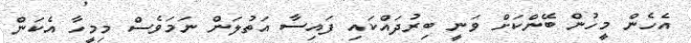
އެހެން މީހުން ބޭންކަށް ވަނީ ބިރުދައްކައި ފައިސާ އަތުލަން ނަމަވެސް މިމީހާ އެކަން